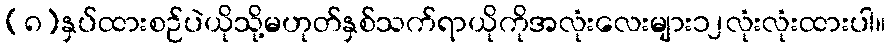
(၈)နှပ်ထားစဉ်ပဲယိုသို့မဟုတ်နှစ်သက်ရာယိုကိုအလုံးလေးများ၁၂လုံးလုံးထားပါ။